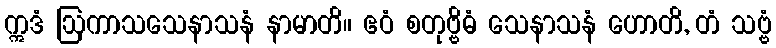
ဣဒံ ဩကာသသေနာသနံ နာမာတိ။ ဧဝံ စတုဗ္ဗိဓံ သေနာသနံ ဟောတိ, တံ သဗ္ဗံ